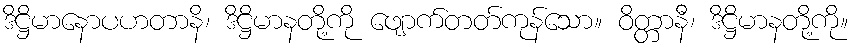
ဒိဋ္ဌိမာနောပဟတာနိ၊ ဒိဋ္ဌိမာနတို့ကို ဖျောက်တတ်ကုန်သော။ ဝိတ္တာနီ၊ ဒိဋ္ဌိမာနတို့ကို။